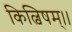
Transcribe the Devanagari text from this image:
किल्विषम्।।